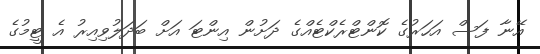
އޭނާ ފަސް އަހަރުގެ ކޮންޓްރެކްޓެއްގެ ދަށުން އިންޓަ އަށް ބަދަލުވިއިރު އެ ޓީމުގެ